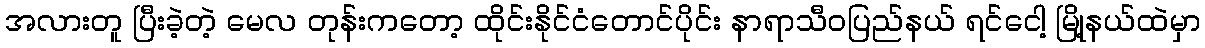
အလားတူ ပြီးခဲ့တဲ့ မေလ တုန်းကတော့ ထိုင်းနိုင်ငံတောင်ပိုင်း နာရာသီဝပြည်နယ် ရင်ငေါ့ မြို့နယ်ထဲမှာ